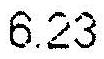
6.23